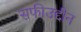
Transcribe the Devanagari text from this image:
सफीउद्दीन